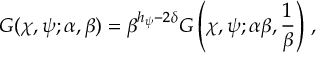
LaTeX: G ( \chi , \psi ; \alpha , \beta ) = \beta ^ { h _ { \psi } - 2 \delta } G \left( \chi , \psi ; \alpha \beta , { \frac { 1 } { \beta } } \right) \, ,